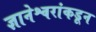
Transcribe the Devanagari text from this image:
ज्ञानेश्वरांकडून